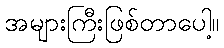
အများကြီးဖြစ်တာပေါ့။